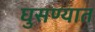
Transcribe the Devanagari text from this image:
घुसण्यात